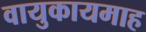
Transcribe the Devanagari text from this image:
वायुकायमाह